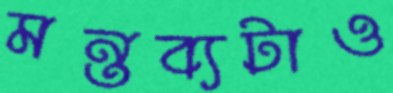
মন্তব্যটাও